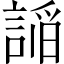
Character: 𮘦